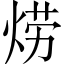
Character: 𱫊